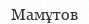
Мамұтов